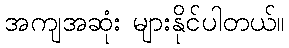
အကျအဆုံး များနိုင်ပါတယ်။